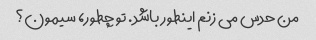
من حدس می زنم اینطور باشد. تو چطور، سیمون؟